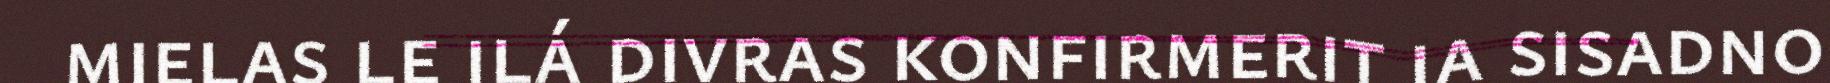
mielas le ilá divras konfirmerit ja sisadno